Report of an investigation into the causes of malaria in Bombay and the measures necessary for its control
Disease focus: Malaria
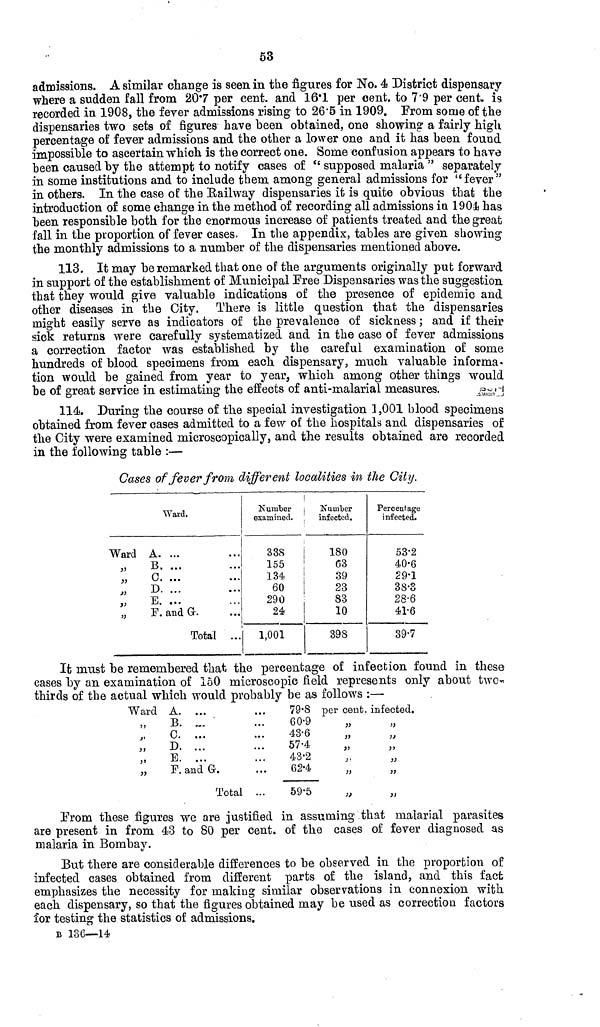
53
admissions. A similar change is seen in the figures for No. 4 District dispensary
where a sudden fall from 20.7 per cent. and 16.1 per cent. to 7.9 per cent. is
recorded in 1908, the fever admissions rising to 26.5 in 1909. From some of the
dispensaries two sets of figures have been obtained, one showing a fairly high
percentage of fever admissions and the other a lower one and it has been found
impossible to ascertain which is the correct one. Some confusion appears to have
been caused by the attempt to notify cases of "supposed malaria" separately
in some institutions and to include them among general admissions for "fever"
in others. In the case of the Railway dispensaries it is quite obvious that the
introduction of some change in the method of recording all admissions in 1904 has
been responsible both for the enormous increase of patients treated and the great
fall in the proportion of fever cases. In the appendix, tables are given showing
the monthly admissions to a number of the dispensaries mentioned above.
113. It may be remarked that one of the arguments originally put forward
in support of the establishment of Municipal Free Dispensaries was the suggestion
that they would gire valuable indications of the presence of epidemic and
other diseases in the City. There is little question that the dispensaries
might easily serve as indicators of the prevalence of sickness ; and if their
sick returns were carefully systematized and in the case of fever admissions
a correction factor was established by the careful examination of some
hundreds of blood specimens from each dispensary, much valuable informa-
tion would be gained from year to year, which among other things would
be of great service in estimating the effects of anti-malarial measures.
114. During the course of the special investigation 1,001 blood specimens
obtained from fever cases admitted to a few of the hospitals and dispensaries of
the City were examined microscopically, and the results obtained are recorded
in the following table :—
Cases of fever from different localities in the City.
Ward.
Ward A. ...
B.
C.
D. ...
E. ...
F. and G.
Total ...
Number
examined.
33S
155
134
60
290
24
1,001
Number
infected.
180
G3
39
23
83
10
398
Percentage
infected.
53.2
40.6
29.1
38.3
28.6
41.6
39.7
It must be remembered that the percentage of infection found in these
cases by an examination of 150 microscopic field represents only about two-
thirds of the actual which would probably be as follows :—
Ward A. ...
B.
o. ...
D.
E. ...
F.
and G.
Total ...
79.8
60.9
43.6
57.4
43.2
62.4
59.5
per cent. infected.
»
Prom these figures we are justified in assuming that malarial parasites
are present in from 43 to 80 per cent. of the cases of fever diagnosed as
malaria in Bombay.
But there are considerable differences to be observed in the proportion of
infected cases obtained from different parts of the island, and this fact
emphasizes the necessity for making similar observations in connexion with
each dispensary, so that the figures obtained may be used as correction factors
for testing the statistics of admissions.
B 136—14